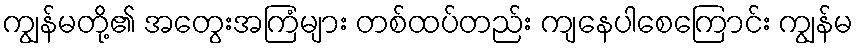
ကျွန်မတို့၏ အတွေးအကြံများ တစ်ထပ်တည်း ကျနေပါစေကြောင်း ကျွန်မ